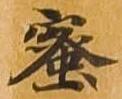
蜜